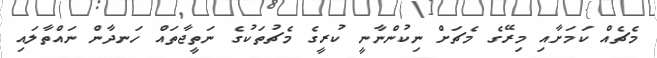
މެޗެއް ކަމަށާއި މިރޭގެ މެޗަށް ނިކުންނާނީ ކުރީގެ މެޗުތަކުގެ ނަތީޖާތައް ހަނދާން ނައްތާލައި